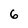
Character: 6